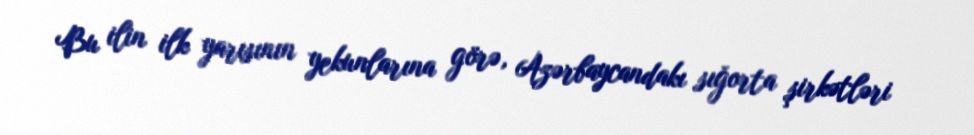
Bu ilin ilk yarısının yekunlarına görə, Azərbaycandakı sığorta şirkətləri